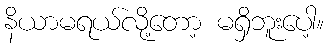
နိယာမရယ်လို့တော့ မရှိဘူးပေါ့။